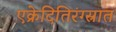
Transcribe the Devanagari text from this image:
एक्रेदितिरंग्स्रात